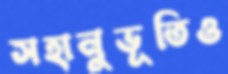
সহানুভূতিও